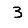
Digit: 3